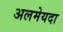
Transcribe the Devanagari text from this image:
अलमेयदा